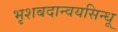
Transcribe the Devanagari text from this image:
भृशबदान्वयसिन्धू